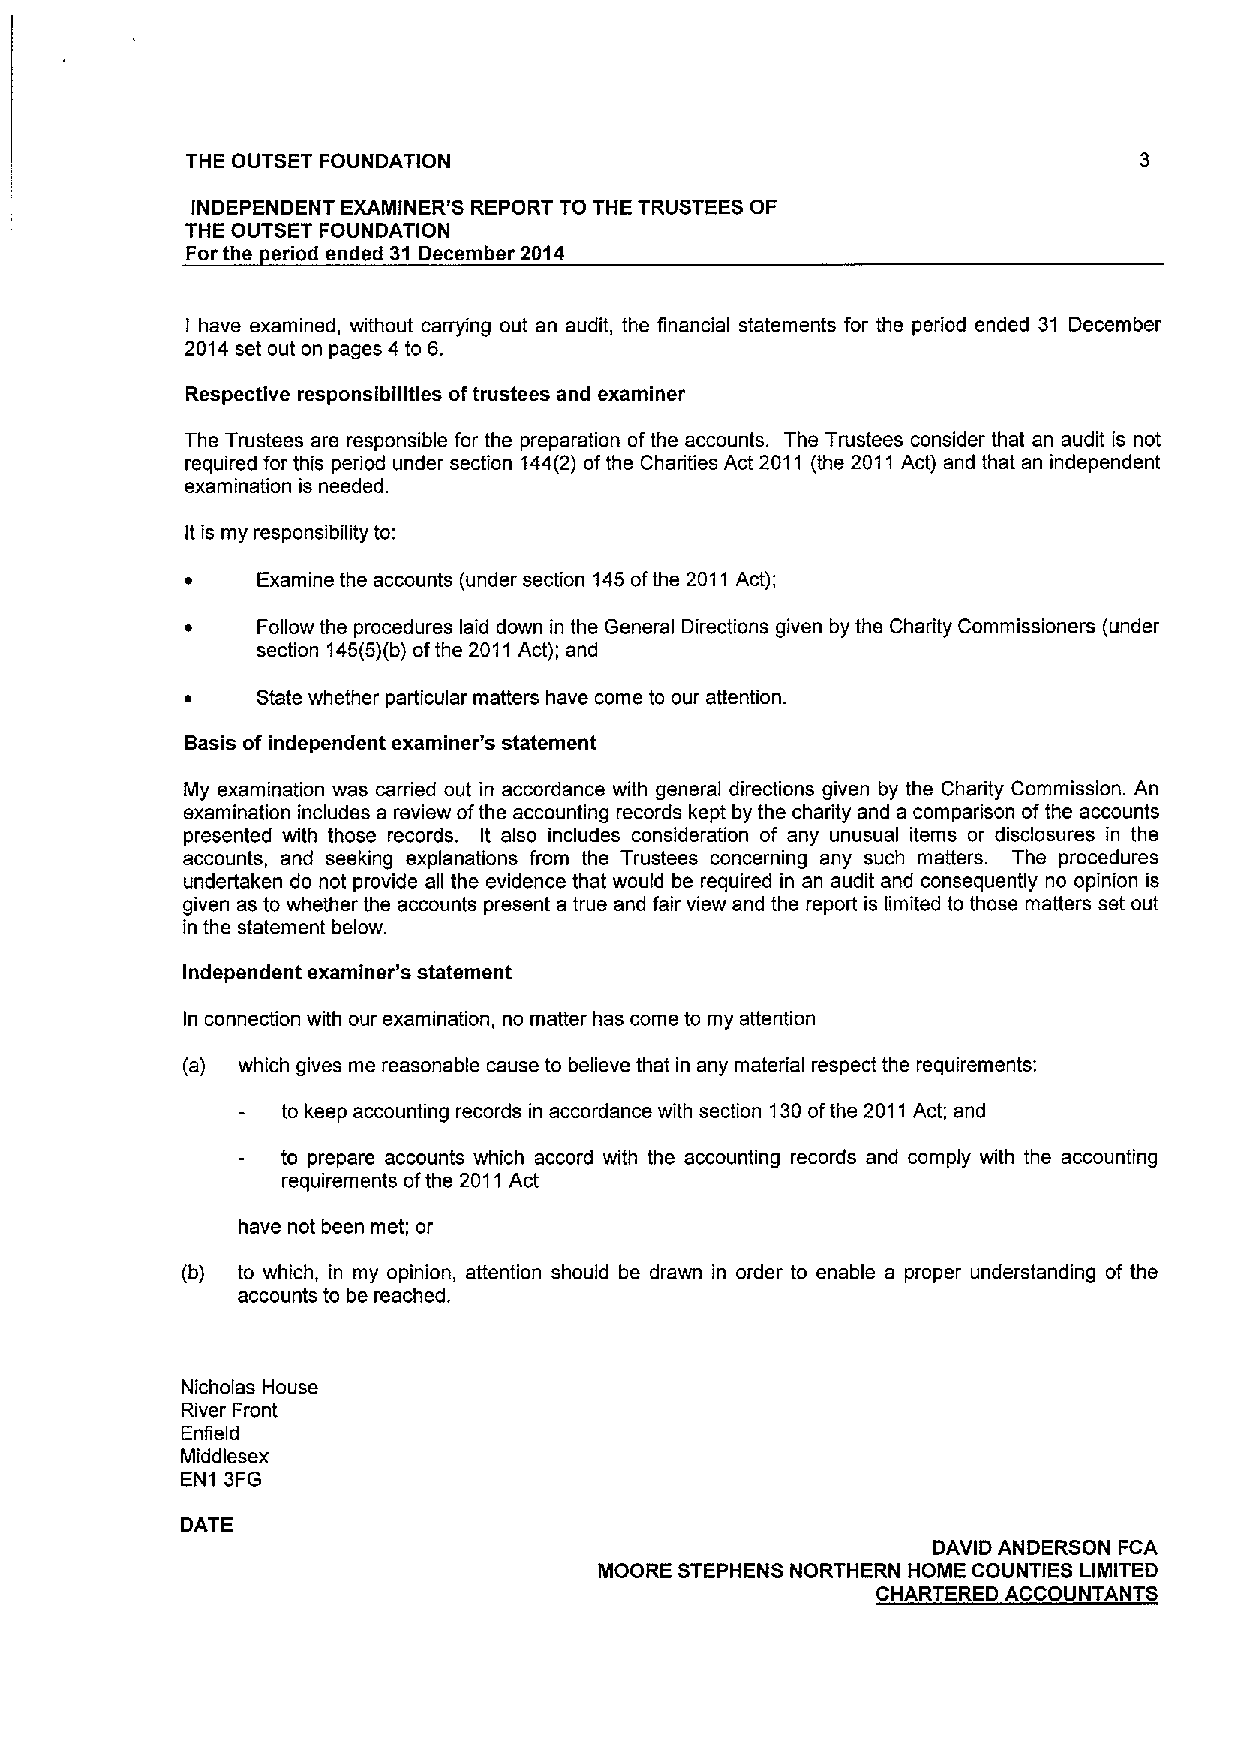
THE OUTSET FOUNDATION
 INDEPENDENT EXAMINER'S REPORT TO THE TRUSTEES OF
 THE OUTSET FOUNDATION
 For the cried ended 31 December 2014
 I have examined, without carrying out an audit, the financial statements for the period ended 31 December
 2014set out on pages 4 to 6.
 Respective responsibilities oftrustees and examiner
 The Trustees are responsible for the preparation ofthe accounts. The Trustees consider that an audit is not
 required for this period under section 144(2) ofthe Charities Act 2011 (the 2011 Act) and that an independent
 examination is needed.
 Itis my responsibility to:
 ~    Examine the accounts (under section 145ofthe 2011 Act);
 ~    Follow the procedures laid down in the General Directions given by the Charity Commissioners (under
 section 145(5)(b)ofthe 2011Act); and
 ~    State whether particular matters have come to our attention.
 Basis of independent examiner's statement
 My examination was carried out in accordance with general directions given by the Charity Commission. An
 examination includes a review ofthe accounting records kept by the charity and a comparison ofthe accounts
 presented with those records. It also includes consideration of any unusual items or disclosures in the
 accounts, and seeking explanations from the Trustees concerning any such matters. The procedures
 undertaken do not provide all the evidence that would be required in an audit and consequently no opinion is
 given as to whether the accounts present a true and fair view and the report is limited to those matters set out
 in the statement below.
 Independent examiner's statement
 In connection with our examination, no matter has come to my attention
 (a) which gives me reasonable cause to believe that in any material respect the requirements:
 to keep accounting records in accordance with section 130ofthe 2011Act; and
 to prepare accounts which accord with the accounting records and comply with the accounting
 requirements ofthe 2011Act
 have not been met; or
 (b) to which, in my opinion, attention should be drawn in order to enable a proper understanding of the
 accounts to be reached.
 Nicholas House
 River Front
 Enfield
 Middlesex
 EN1 3FG
 DATE
 DAVID ANDERSON FCA
 MOORE STEPHENS NORTHERN HOME COUNTIES LIMITED
 CHARTERED ACCOUNTANTS